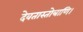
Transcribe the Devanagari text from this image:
देवतास्तोत्राणि।